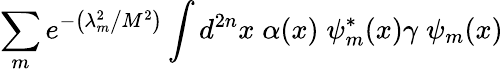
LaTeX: \sum_{m}e^{-\left(\lambda_{m}^{2}\big/M^{2}\right)}\int d^{2n}x\; \alpha(x)\; \psi_{m}^{*}(x)\gamma\; \psi_{m}(x)